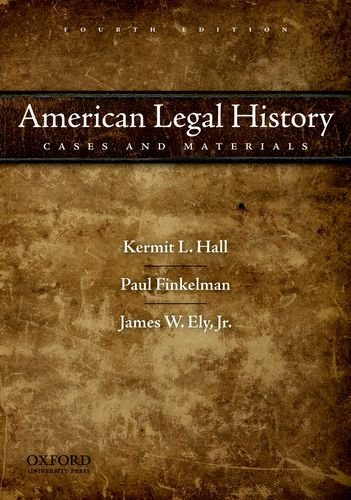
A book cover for American Legal History: Cases and Materials, 4th Edition; Kermit L. Hall; Law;